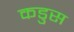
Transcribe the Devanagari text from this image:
कडुस